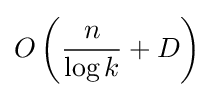
O\left({\frac {n}{\log k}}+D\right)